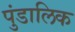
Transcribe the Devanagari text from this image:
पुंडालिक